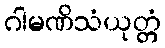
ဂါမဏိသံယုတ္တံ